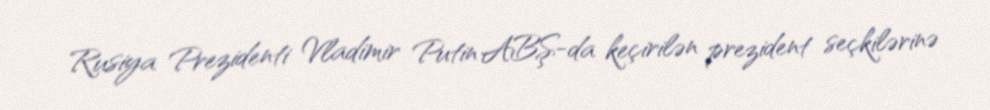
Rusiya Prezidenti Vladimir Putin ABŞ-da keçirilən prezident seçkilərinə